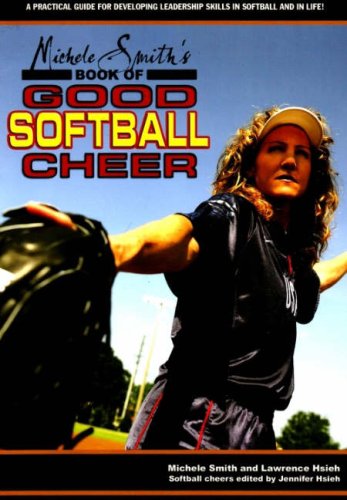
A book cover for Michele Smith's Book of Good Softball Cheer: A Practical Guide for Developing Leadership Skills in Softball and in Life; Michele Smith; Sports & Outdoors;